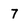
Character: 7